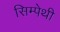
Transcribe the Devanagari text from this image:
सिम्पेथी